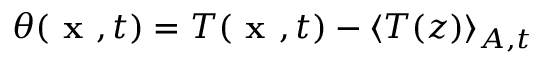
\theta ( \textbf { x } , t ) = T ( \textbf { x } , t ) - \langle T ( z ) \rangle _ { A , t }